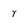
Character: r